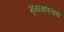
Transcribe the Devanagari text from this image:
मृगाक्षवलये